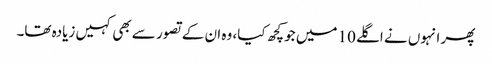
پھر انہوں نے اگلے 10 میں جو کچھ کیا، وہ ان کے تصور سے بھی کہیں زیادہ تھا۔